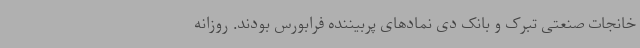
خانجات صنعتی تبرک و بانک دی نمادهای پربیننده فرابورس بودند. روزانه